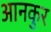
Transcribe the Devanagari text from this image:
आनकुर